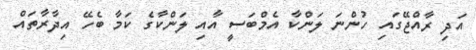
އަދި ރާއްޖޭގައި ހުންނަ ލަންކާ އެމްބަސީ އާއި ލަންކާގެ ކަމާ ބެހޭ އިދާރާތައް